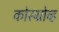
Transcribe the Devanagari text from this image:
कोस्ग्रोव्ह